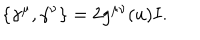
LaTeX: \{ \gamma ^ { \mu } , \gamma ^ { \nu } \} = 2 g ^ { \mu \nu } ( u ) I .